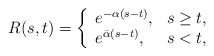
\begin{align*} R(s,t)=\left\{ \begin{array}{ll} e^{-\alpha (s-t)},&s\ge t, \\ e^{ \bar{\alpha} (s-t)} ,&s< t, \end{array}\right.\end{align*}